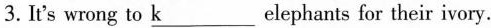
3.It's wrong to \underlineK elephants for their ivory.